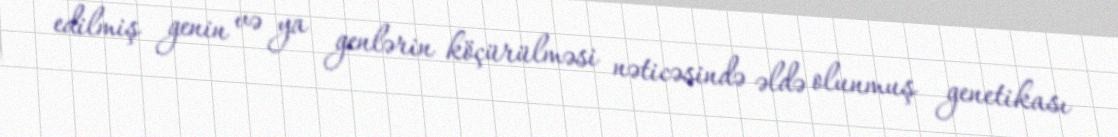
edilmiş genin və ya genlərin köçürülməsi nəticəsində əldə olunmuş genetikası